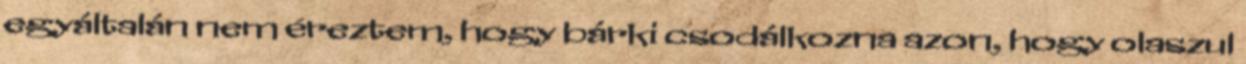
egyáltalán nem éreztem, hogy bárki csodálkozna azon, hogy olaszul